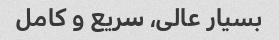
بسیار عالی، سریع و کامل